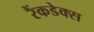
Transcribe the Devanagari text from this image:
रैंकडेक्स